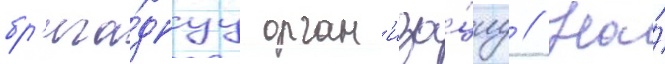
бр'ига́днуу орган'иза́циу // На́